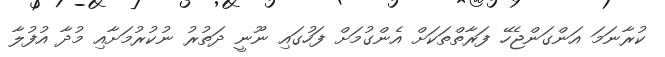
ކުރާނަމަ އަންގަންޖެހޭ ފަރާތްތަކަށް އެންގުމަށް ފަހުގައި ނޫނީ ދަތުރު ނުކުރުމަށާއި މުދާ އުފުލާ